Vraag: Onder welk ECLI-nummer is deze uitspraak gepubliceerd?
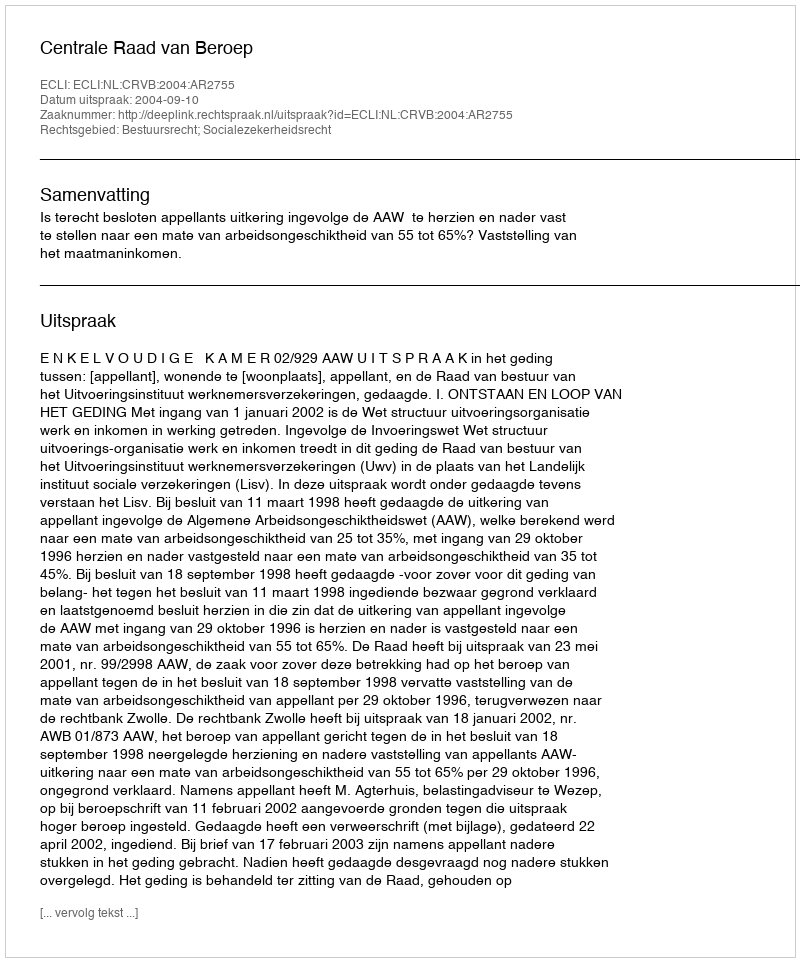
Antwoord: ECLI:NL:CRVB:2004:AR2755